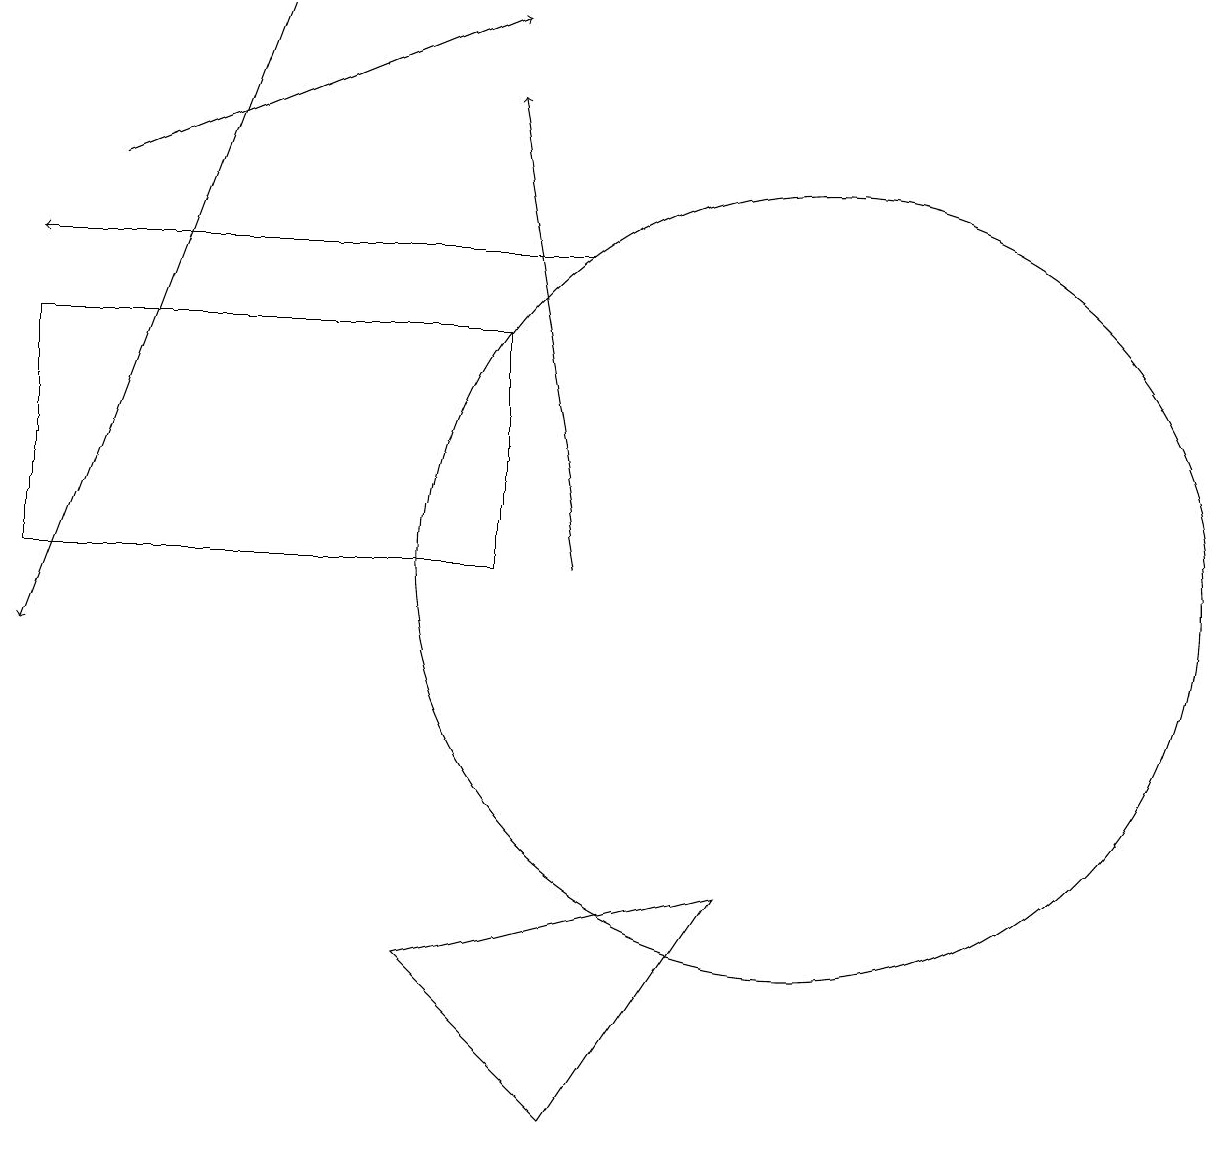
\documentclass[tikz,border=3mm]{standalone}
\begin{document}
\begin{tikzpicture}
\draw (0,14) rectangle (6,11);
\draw[->] (1,16) -- (6,18);
\draw[->] (7,15) -- (0,15);
\draw[->] (3,18) -- (0,10);
\draw (9,7) -- (5,6) -- (7,4) -- cycle;
\draw[->] (7,11) -- (6,17);
\draw (10,11) circle (5);
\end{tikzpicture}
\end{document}